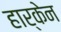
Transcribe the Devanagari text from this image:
हार्केन